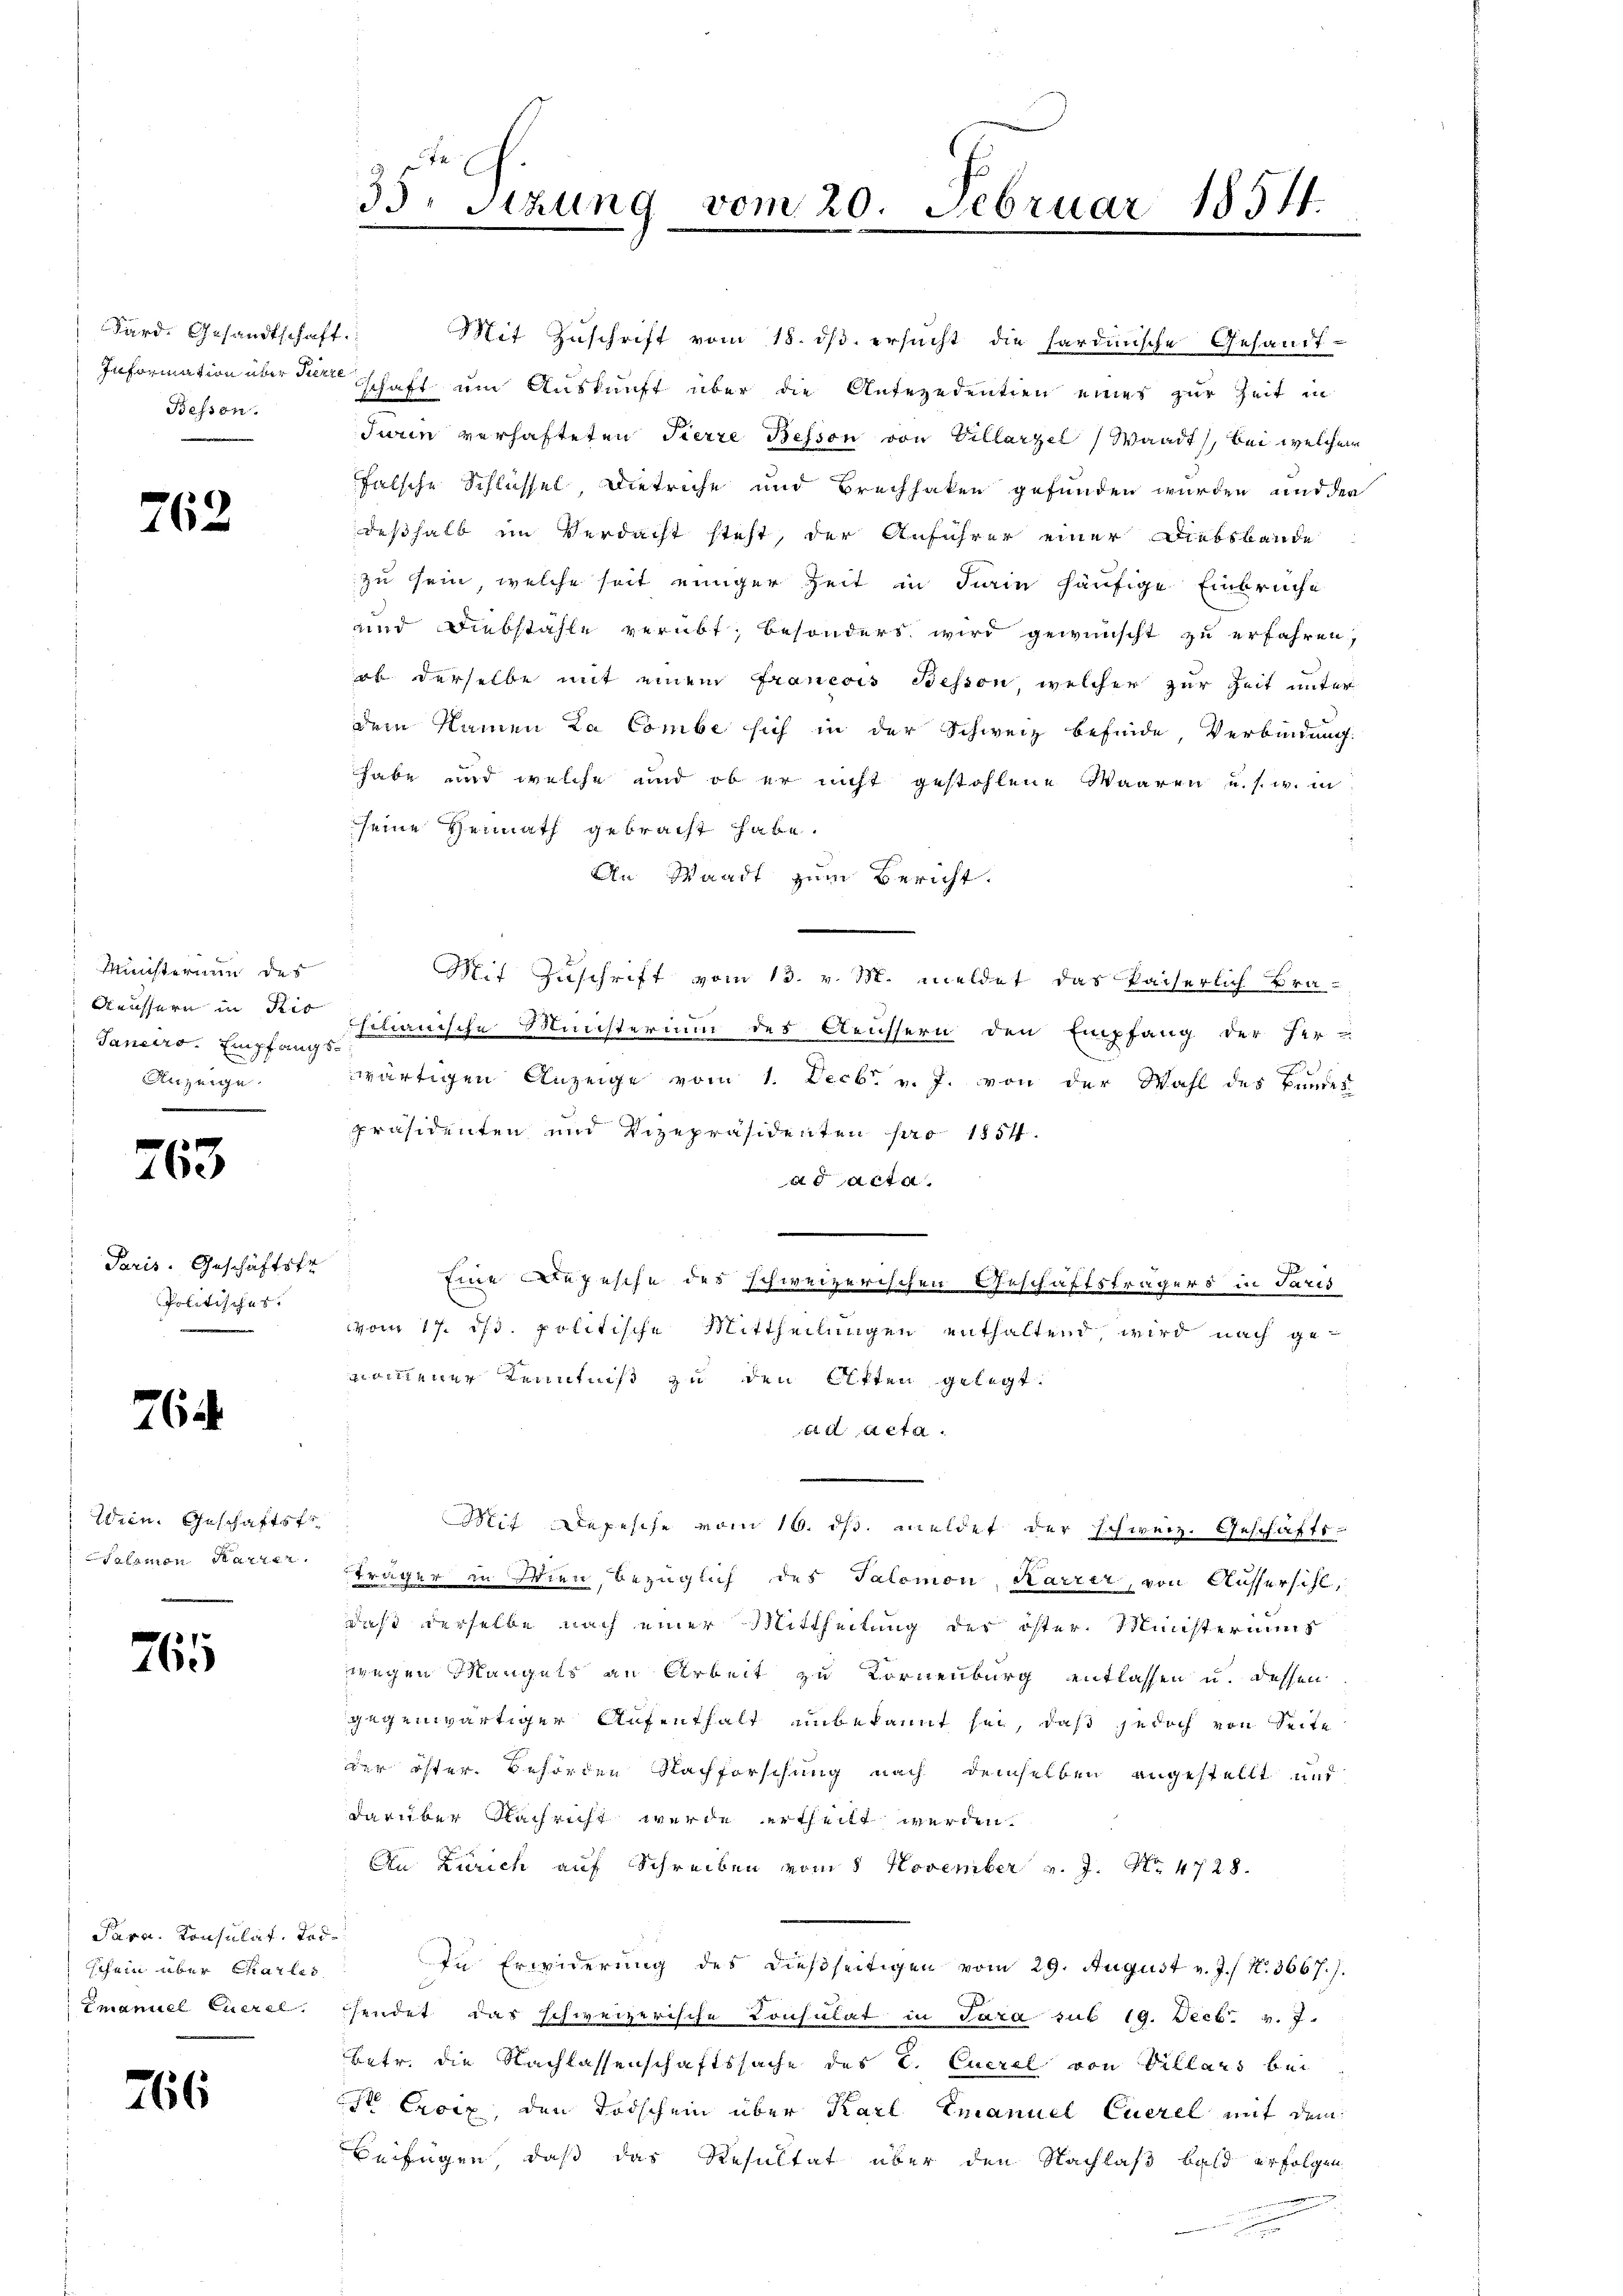
Färd. Gesandtschaft.
Bessen.

262

Ministerium des
Aeussern in Ris
Janeiro. Empfangs¬
Anzeige.

101
4

Paris. Geschäftstr
Politisches.

26

Wien. Geschäftstr
Salomon Marier

761

Para. Konsulat. Tei
schein über Charles
Emanuel Muetel

266

35. Sizung vom 20. Februar 18511.
.
e

Mit Zuschrift vom 18. ds. ersucht die hardinische Gesandt¬
Information über die schaft um Auskunft über die Anferedentien eines zur Zeit in
Turin verhafteten Tierre Besson von Villarzel (Waadt, bei welchem
falsche Schlüssel Dietriche und Bruchhaken gefunden wurden und der
deßhalb im Verdacht steht, der Anführer einer Diebsbande
zu sein, welche seit einiger Zeit in Fiain häufige Einbruche
und Diebstähle verübt; besonders wird gewünscht zu erfahren,
ob derselbe mit einem Francois Bessen, welcher zur Zeit unter
dem Namen La Combe sich in der Schweiz befinde, Verbindung.
habe und welche und ob er nicht gestohlene Waaren u. s. w. in
sseine Vernath gebracht habe.
An Waadt zum Bericht.
Mit Zuschrift vom 13. v. M. meldet das Paiserlich Brafilianische Ministerium des Aeussern den Empfang der Her-
f
wärtigen Anzeige vom 1. Decbr. v. J. von der Wahl des Bundes-
präsidenten und Vizepräsidenten pro 1854.
ad acta.
Eine Depesche des schweizerischen Geschäftsträgers in Paris
vom 17. ds. politische Mittheilungen enthaltend, wird nach genommenen Kenntniß zu den Atten gelegt.
Ad Acta.
Mit Depesche vom 16. ds. meldet der Schweiz. Geschäftsträger in Wien, bezüglich des Salomon Karrer, von Äussersihl,
daß derselbe nach einer Mittheilung der öster. Ministeriums
wegen Mangels an Arbeit zu Kornenburg entlassen u. dessen
gegenwärtiger Aufenthalt unbekannt sei, daß jedoch von Seite
der öster Behörden Nachforschung nach demselben angestellt und
darüber Nachricht wurde ertheilt werden.
An Zürich auf Schreiben vom 8 November v. J. 4728.
d
In Erwiderung des dießseitigen vom 29. August v. J. / N. 3667.).
sendet das schweizerische Consulat in Sara sub 19. Decb. v. J.
Betr. die Nachlassenschaftssache des C. Euerel von Villars bei
s Croix, den Todschein über Karl Emanuel Euerel mit dem
Beifügen, daß das Resultat über den Nachlaß bald erfolgen
e